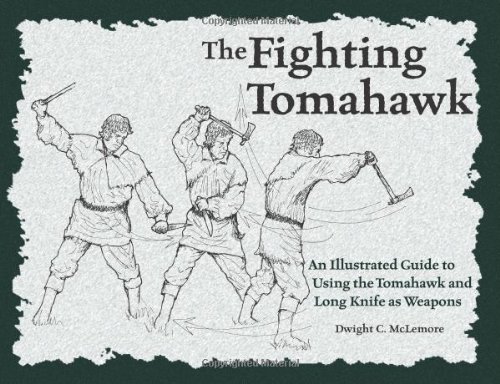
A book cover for The Fighting Tomahawk: An Illustrated Guide to Using the Tomahawk and Long Knife as Weapons; Dwight C. McLemore; Crafts, Hobbies & Home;